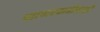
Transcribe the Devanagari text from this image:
व्यापारवाढीसाठी